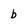
Character: b